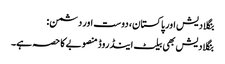
بنگلادیش اور پاکستان، دوست اور دشمن:
بنگلادیش بھی بیلٹ اینڈ روڈ منصوبے کا حصہ ہے۔